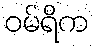
ဝမ်ရိက